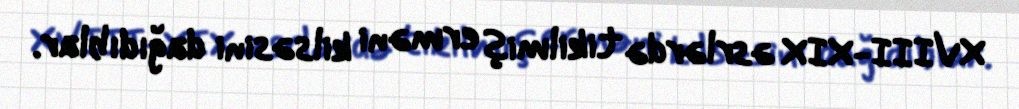
XVIII-XIX əsrlərdə tikilmiş erməni kilsəsini dağıdıblar.